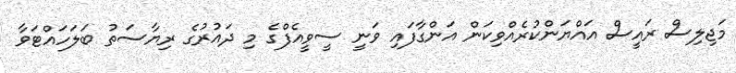
މަޖިލިސް ރައީސް އައްޔަންކުރެއްވިކަން އަންގާފައި ވަނީ ސީވީއެފްގެ މި ދައުރުގެ ރިޔާސަތު ބަލަހައްޓަވާ